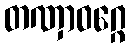
တဏှာဝဂ္ဂေ